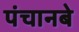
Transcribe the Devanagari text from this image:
पंचानबे